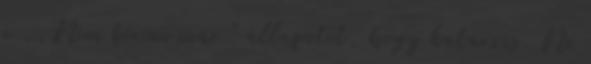
a ,,Nem bírom már " állapotot, hogy katarzis. Ne